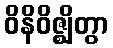
ဝိနိဝိဇ္ဈိတွာ